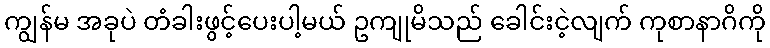
ကျွန်မ အခုပဲ တံခါးဖွင့်ပေးပါ့မယ် ဥကျုမိသည် ခေါင်းငဲ့လျက် ကုစာနာဂိကို